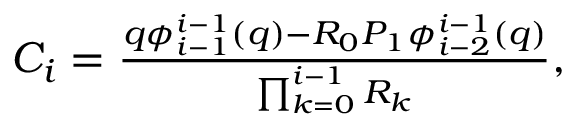
\begin{array} { r } { C _ { i } = \frac { q \phi _ { i - 1 } ^ { i - 1 } ( q ) - R _ { 0 } P _ { 1 } \phi _ { i - 2 } ^ { i - 1 } ( q ) } { \prod _ { k = 0 } ^ { i - 1 } R _ { k } } , } \end{array}